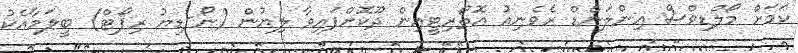
ކަމަށް މޯލްޑިވްސް އިންލަންޑް ރެވެނިއު އޮތޯރިޓީއިން ދޫކޮށްފައިވާ ލިޔުން (ނޯ-ޑިޔު ރިޕޯޓް) ބީލަމާއެކު